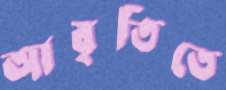
আবৃতিতে